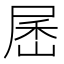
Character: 𰍾